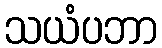
သယံပဘာ